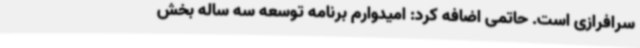
سرافرازی است. حاتمی اضافه کرد: امیدوارم برنامه توسعه سه ساله بخش